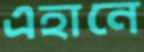
এহানে